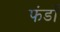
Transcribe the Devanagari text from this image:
फंडोँ